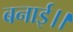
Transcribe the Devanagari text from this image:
बनाई।।